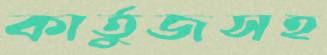
কার্তুজসহ